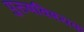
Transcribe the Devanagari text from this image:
पुरुषविषयक